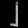
Digit: ၂